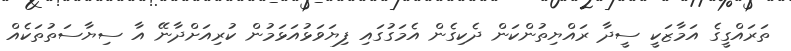
ތަރައްގީގެ އަމާޒަކީ ސީދާ ރައްޔިތުންކަން ދެކިގެން އެމަގުގައި ފިޔަވަޅުއަޅަމުން ކުރިއަށްދާނޭ އާ ސިޔާސަތުތަކެއް